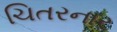
ચિતરનાર